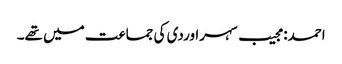
احمد: مجیب سہراوردی کی جماعت میں تھے۔